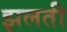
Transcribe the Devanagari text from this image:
झलती